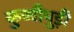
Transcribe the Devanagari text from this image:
कुच्चीमुड़ी